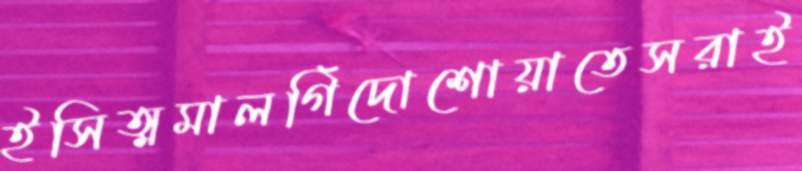
ইসিত্মমালগিঁদোশোয়াতেসরাই